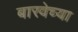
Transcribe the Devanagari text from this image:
बारवेच्या